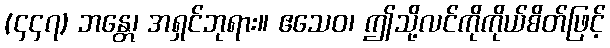
(၄၄၇) ဘန္တေ၊ အရှင်ဘုရား။ ဧသေဝ၊ ဤသို့လင်ကိုကိုယ်စိတ်ဖြင့်